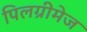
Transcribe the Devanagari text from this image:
पिलग्रीमेज